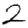
Digit: 2